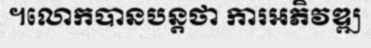
។លោកបានបន្តថា ការអភិវឌ្ឍ